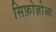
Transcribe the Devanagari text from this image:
सिफ़ोज़ोआ